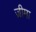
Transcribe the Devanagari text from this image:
ज़ीमा